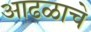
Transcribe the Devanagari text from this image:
आढळाचे